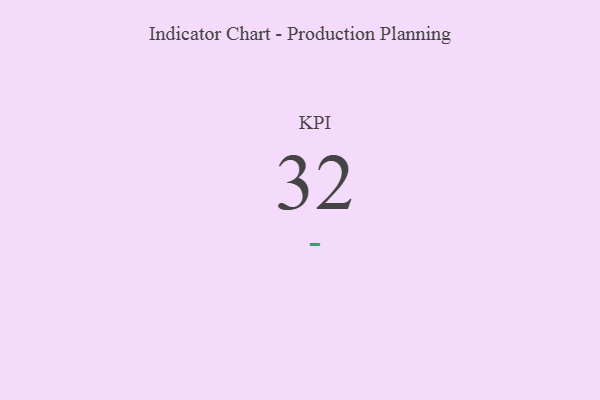
{"axis": {"x": "KPI", "y": "Value"}, "legend": [""], "data": [{"x": "KPI", "y": 32, "type": ""}]}